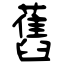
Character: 舊